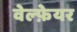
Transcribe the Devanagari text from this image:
वेल्फ़ेयर